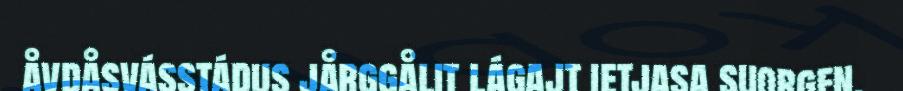
åvdåsvásstádus jårggålit lágajt ietjasa suorgen.